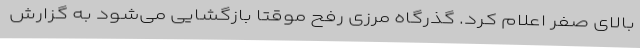
بالای صفر اعلام کرد. گذرگاه مرزی رفح موقتا بازگشایی می‌شود به گزارش